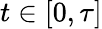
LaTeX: t\in[0,\tau]